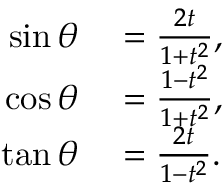
\begin{array} { r l } { \sin \theta } & { { } = { \frac { 2 t } { 1 + t ^ { 2 } } } , } \\ { \cos \theta } & { { } = { \frac { 1 - t ^ { 2 } } { 1 + t ^ { 2 } } } , } \\ { \tan \theta } & { { } = { \frac { 2 t } { 1 - t ^ { 2 } } } . } \end{array}